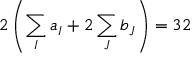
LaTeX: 2 \left( \sum _ { I } a _ { I } + 2 \sum _ { J } b _ { J } \right) = 3 2